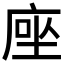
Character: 𫝶